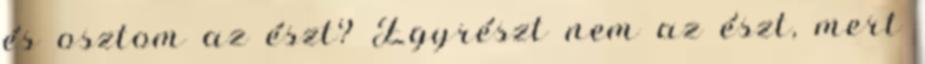
és osztom az észt? Egyrészt nem az észt, mert